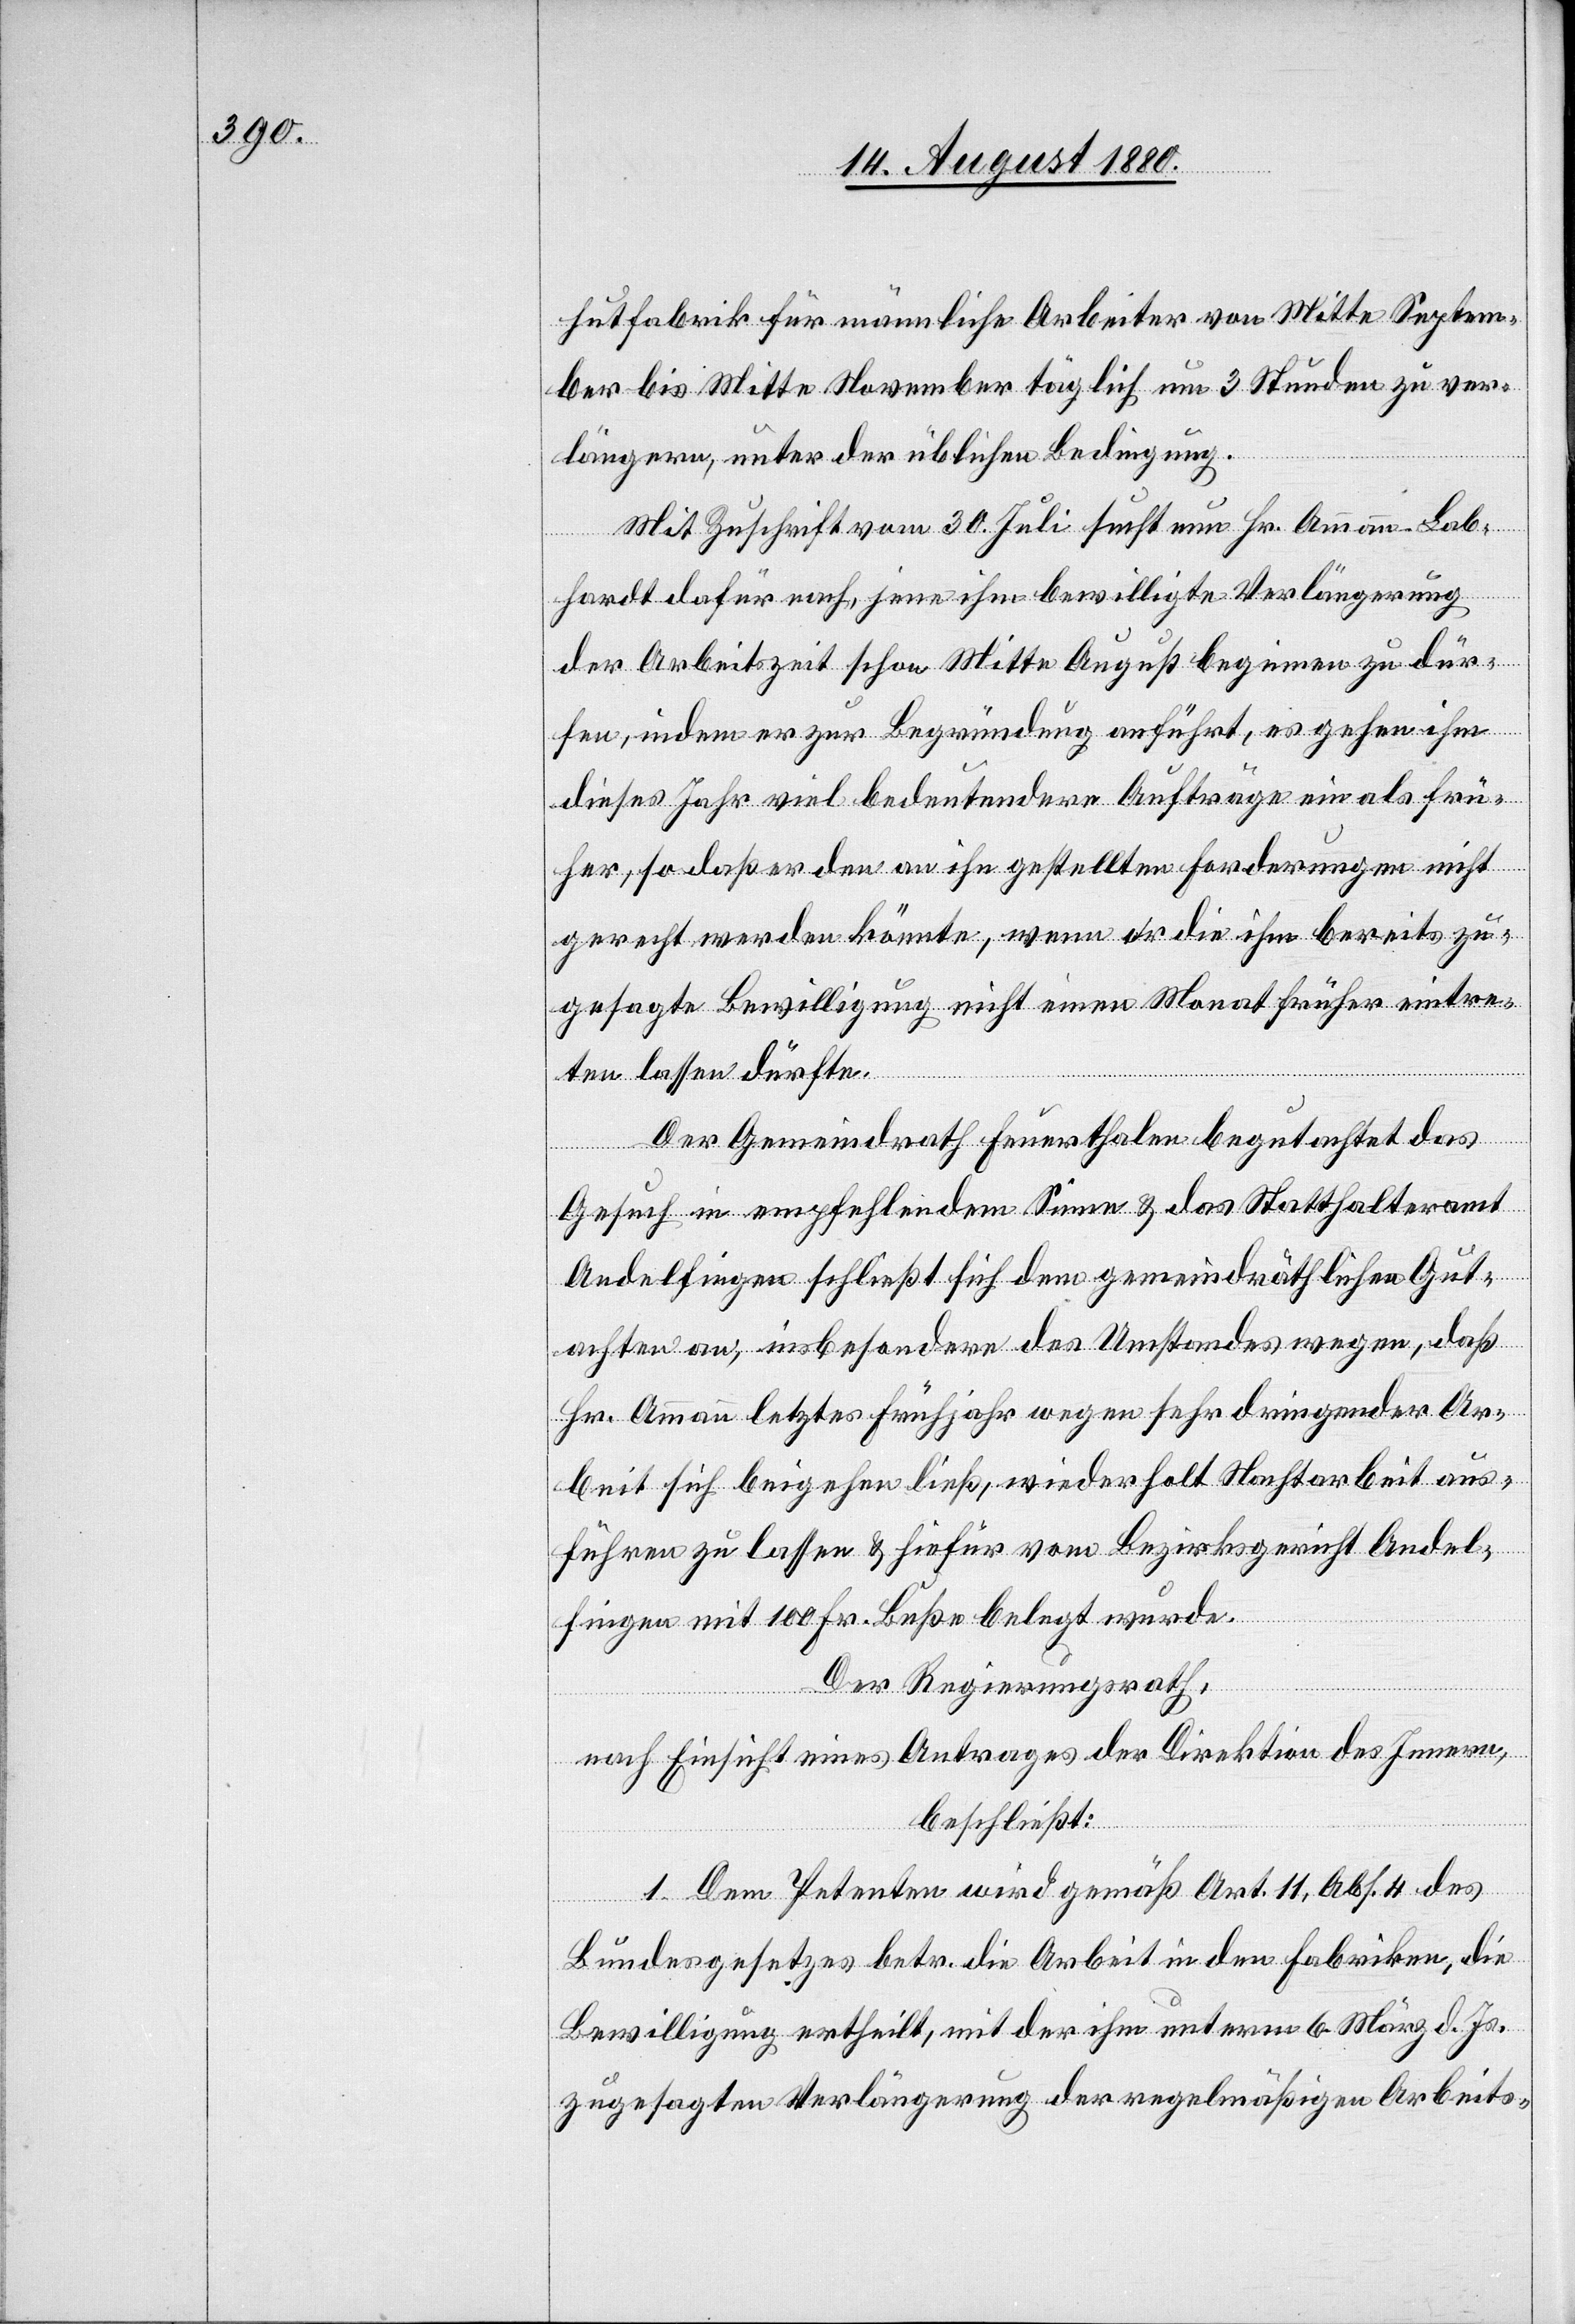
hutfabrik für männliche Arbeiter von Mitte Septem¬
ber bis Mitte November täglich um 3 Stunden zu ver¬
längern unter der üblichen Bedingung.
Mit Zuschrift vom 30. Juli sucht nun Hr. Ammann-Lab¬
hardt dafür nach, jene ihm bewilligte Verlängerung
der Arbeitszeit schon Mitte August beginnen zu dür¬
fen, indem er zur Begründung anführt, es gehen ihm
dieses Jahr viel bedeutendere Aufträge ein als frü¬
her, so daß er den an ihn gestellten Forderungen nicht
gerecht werden könnte, wenn er die ihm bereits zu¬
gesagte Bewilligung nicht einen Monat früher eintre¬
ten lassen dürfte.
Der Gemeindrath Feuerthalen begutachtet das
Gesuch in empfehlendem Sinne & das Statthalteramt
Andelfingen schließt sich dem gemeindräthlichen Gut¬
achten an, insbesondere des Umstandes wegen, daß
Hr. Ammann letztes Frühjahr wegen sehr dringender Ar¬
beit sich beigehen ließ, wiederholt Nachtarbeit aus¬
führen zu lassen & hiefür vom Bezirksgericht Andel¬
fingen mit 100 Fr. Buße belegt wurde.
Der Regierungsrath,
nach Einsicht eines Antrages der Direktion des Innern,
beschließt:
1. Dem Petenten wird gemäß Art. 11, Abs. 4 des
Bundesgesetzes betr. die Arbeit in den Fabriken, die
Bewilligung ertheilt, mit der ihm unterm 6. März d. Js.
zugesagten Verlängerung der regelmäßigen Arbeits-